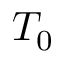
T _ { 0 }